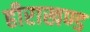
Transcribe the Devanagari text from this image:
हीराखण्ड